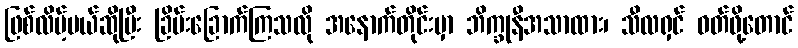
ဖြစ်လိမ့်မယ်ဆိုပြီး ခြိမ်းခြောက်ကြသလို အနောက်တိုင်းမှာ ဘိက္ခုနီအသာထား၊ သီလရှင် ဝတ်ဖို့တောင်